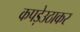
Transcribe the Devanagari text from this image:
कपड़ेउठाकर